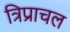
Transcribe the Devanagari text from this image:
त्रिप्राचल